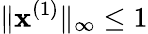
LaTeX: \| \mathbf{x}^{(1)}\| _{\infty}\leq 1